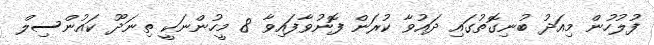
ފުލުހުން މިއަދު ބުނިގޮތުގައި ދައުވާ ކުރަން ފޮނުވާފައިވާ 8 މީހުންނަކީ ތިނަދޫ ކައުންސިލް